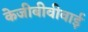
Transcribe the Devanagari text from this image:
केजीबीवीवाई